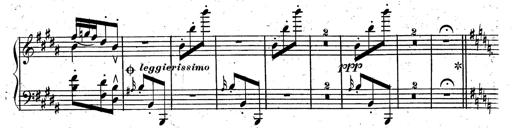
Title: Rondeau fantastique sur un thÃ¨me espagnol
Composer: Franz Liszt